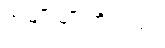
အမျိုးမျိုးကိုလည်း